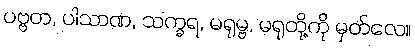
ပဗ္ဗတ, ပါသာဏ, သက္ခရ, မရုမ္ဗ, မရုတို့ကို မှတ်လေ။